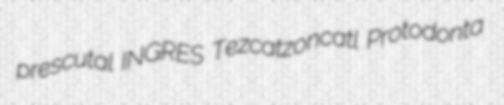
prescutal INGRES Tezcatzoncatl Protodonta